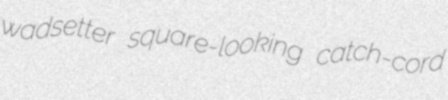
wadsetter square-looking catch-cord